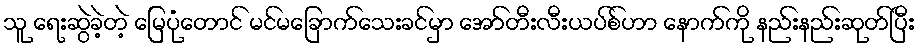
သူ ရေးဆွဲခဲ့တဲ့ မြေပုံတောင် မင်မခြောက်သေးခင်မှာ အော်တီးလီးယပ်စ်ဟာ နောက်ကို နည်းနည်းဆုတ်ပြီး